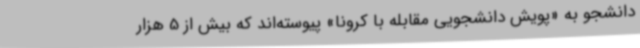
دانشجو به «پویش دانشجویی مقابله با کرونا» پیوسته‌اند که بیش از 5 هزار